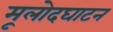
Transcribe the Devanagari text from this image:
मूलोदघाटन